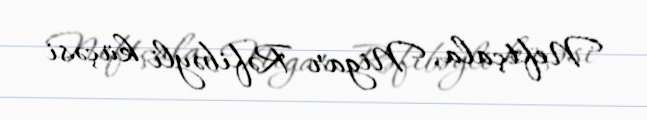
Neftçala, Nigar Rəfibəyli küçəsi